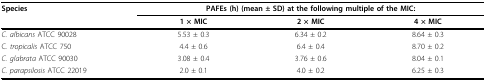
| Species | <COLSPAN=3> PAFEs (h) (mean ± SD) at the following multiple of the MIC: |
 |  | 1 × MIC | 2 × MIC | 4 × MIC |
 | --- | --- | --- | --- |
 | C. albicans ATCC 90028 | 5.53 ± 0.3 | 6.34 ± 0.2 | 8.64 ± 0.3 |
 | C. tropicalis ATCC 750 | 4.4 ± 0.6 | 6.4 ± 0.4 | 8.70 ± 0.2 |
 | C. glabrata ATCC 90030 | 3.08 ± 0.4 | 3.76 ± 0.6 | 8.04 ± 0.1 |
 | C. parapsilosis ATCC 22019 | 2.0 ± 0.1 | 4.0 ± 0.2 | 6.25 ± 0.3 |